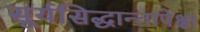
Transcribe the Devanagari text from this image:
सूर्यसिद्धान्तापेक्षा